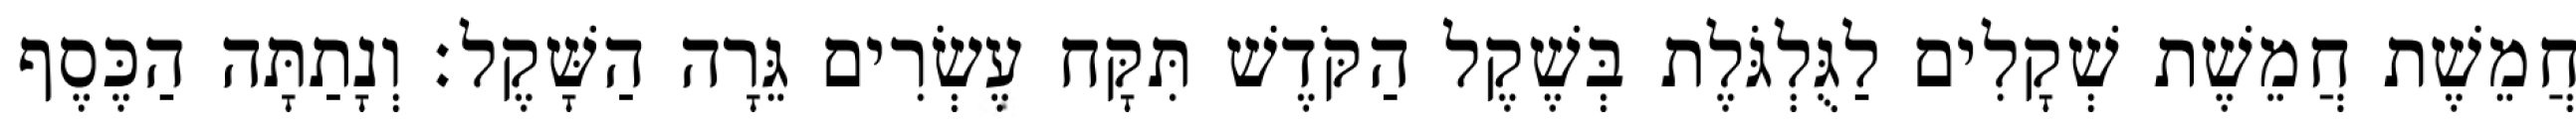
חֲמֵשֶׁת חֲמֵשֶׁת שְׁקָלִים לַגֻּלְגֹּלֶת בְּשֶׁקֶל הַקֹּדֶשׁ תִּקָּח עֶשְׂרִים גֵּרָה הַשָּׁקֶל׃ וְנָתַתָּה הַכֶּסֶף